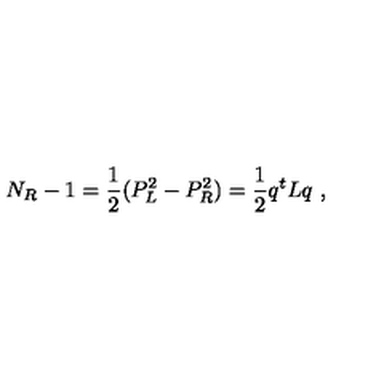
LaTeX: N _ { R } - 1 = \frac { 1 } { 2 } ( P _ { L } ^ { 2 } - P _ { R } ^ { 2 } ) = \frac { 1 } { 2 } q ^ { t } L q \ ,